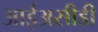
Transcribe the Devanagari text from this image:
आईअसीडी